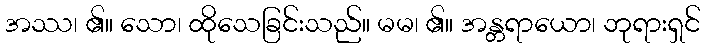
အဿ၊ ၏။ သော၊ ထိုသေခြင်းသည်။ မမ၊ ၏။ အန္တရာယော၊ ဘုရားရှင်